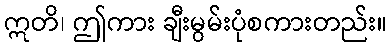
ဣတိ၊ ဤကား ချီးမွမ်းပုံစကားတည်း။